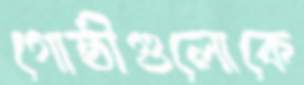
গোষ্ঠীগুলোকে